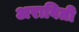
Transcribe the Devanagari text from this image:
अराविती